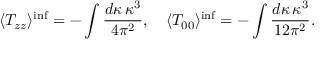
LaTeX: \langle T _ { z z } \rangle ^ { \mathrm { i n f } } = - \int \frac { d \kappa \, \kappa ^ { 3 } } { 4 \pi ^ { 2 } } , \quad \langle T _ { 0 0 } \rangle ^ { \mathrm { i n f } } = - \int \frac { d \kappa \, \kappa ^ { 3 } } { 1 2 \pi ^ { 2 } } .